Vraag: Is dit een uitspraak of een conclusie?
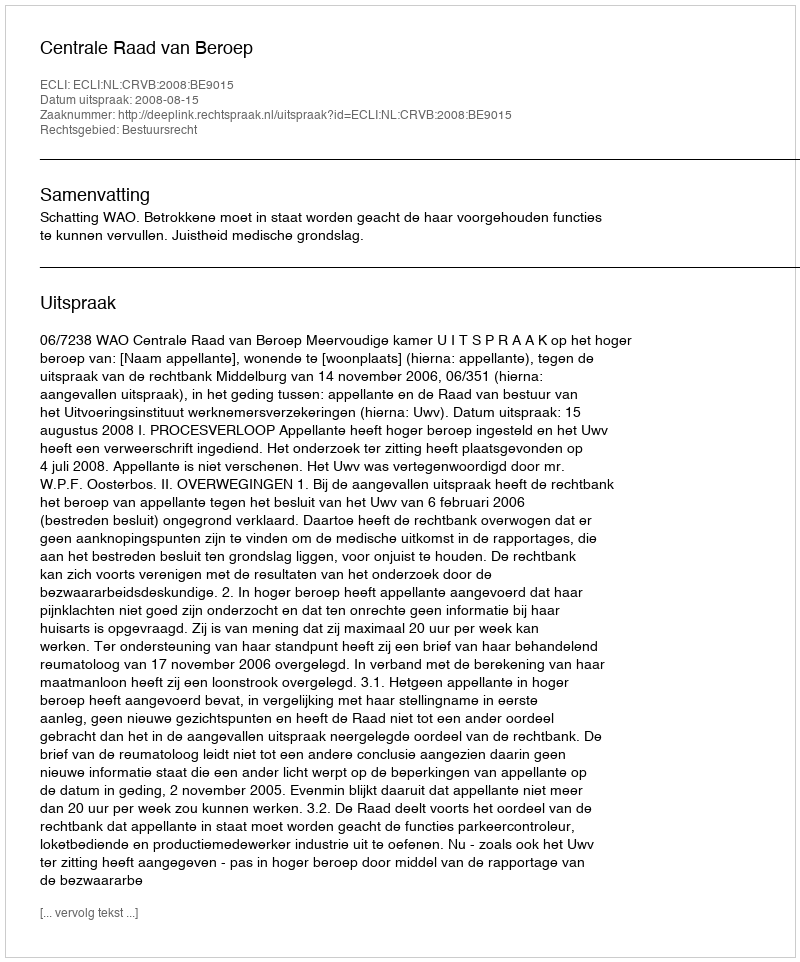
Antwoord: Uitspraak